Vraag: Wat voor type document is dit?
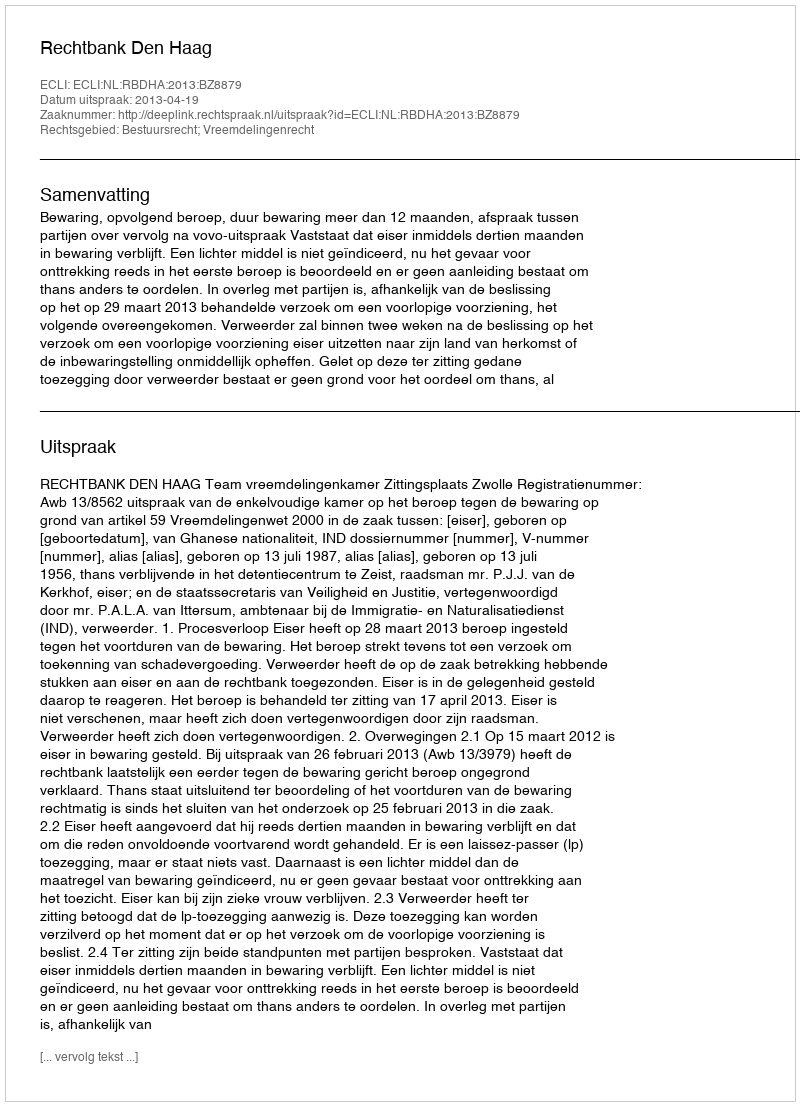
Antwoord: Uitspraak